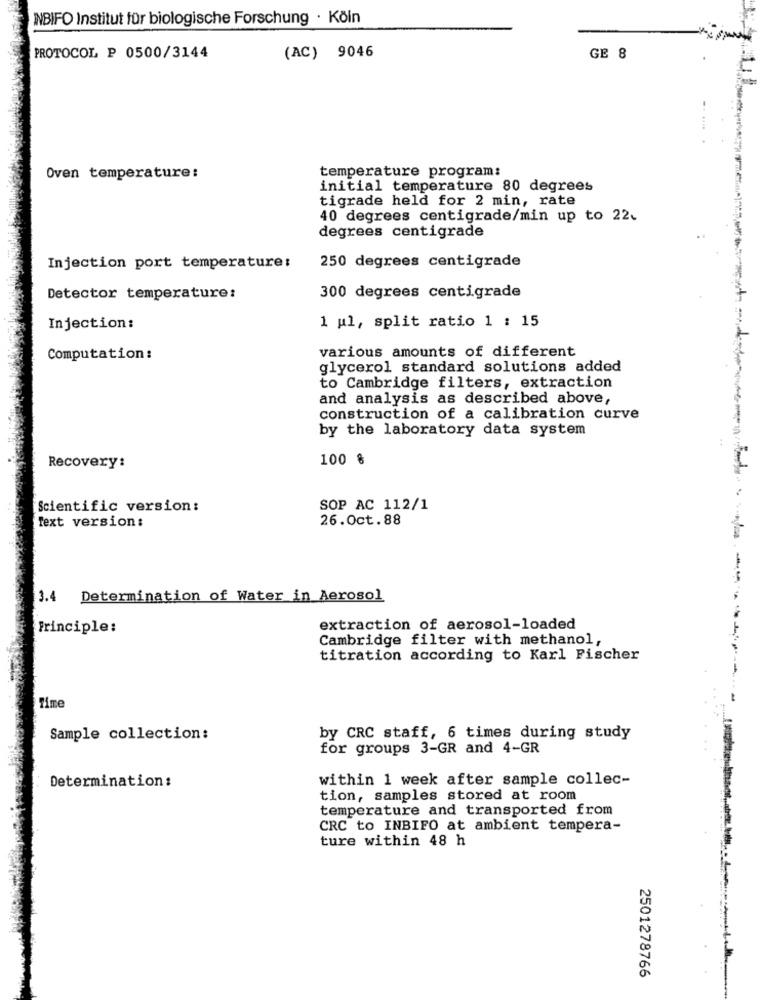
INBIFO Institut für biologische Forschung · Köln
(AC) 9046
PROTOCOL P 0500/3144
GE 8
Oven temperature:
temperature program:
initial temperature 80 degrees
tigrade held for 2 min, rate
40 degrees centigrade/min up to 22.
degrees centigrade
Injection port temperature:
250 degrees centigrade
Detector temperature:
300 degrees centigrade
Injection:
1 ul, split ratio 1 : 15
various amounts of different
Computation :
glycerol standard solutions added
to Cambridge filters, extraction
and analysis as described above,
construction of a calibration curve
by the laboratory data system
100 %
Recovery:
Scientific version:
SOP AC 112/1
Text version:
26.Oct.88
3.4 Determination of Water in Aerosol
Principle:
extraction of aerosol-loaded
Cambridge filter with methanol,
titration according to Karl Fischer
Time
Sample collection:
by CRC staff, 6 times during study
for groups 3-GR and 4-GR
Determination :
within 1 week after sample collec-
tion, samples stored at room
temperature and transported from
CRC to INBIFO at ambient tempera-
ture within 48 h
2501278766